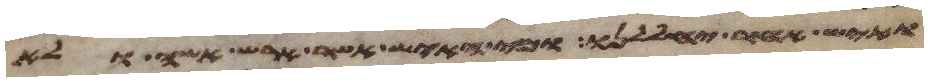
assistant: ואיש אחר יחללנו ומי האיש אשר ארש אשה ולא